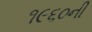
૧૯૬૦ની